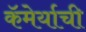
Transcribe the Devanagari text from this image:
कॅमेर्याची